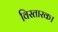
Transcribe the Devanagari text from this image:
विस्तारक।